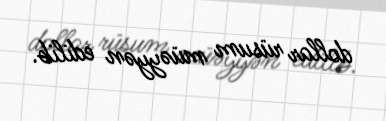
dollar rüsum müəyyən edilib.